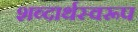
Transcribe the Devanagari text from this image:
शब्दार्थस्वरूप